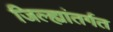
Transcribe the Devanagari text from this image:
जिल्ह्यांतर्गत